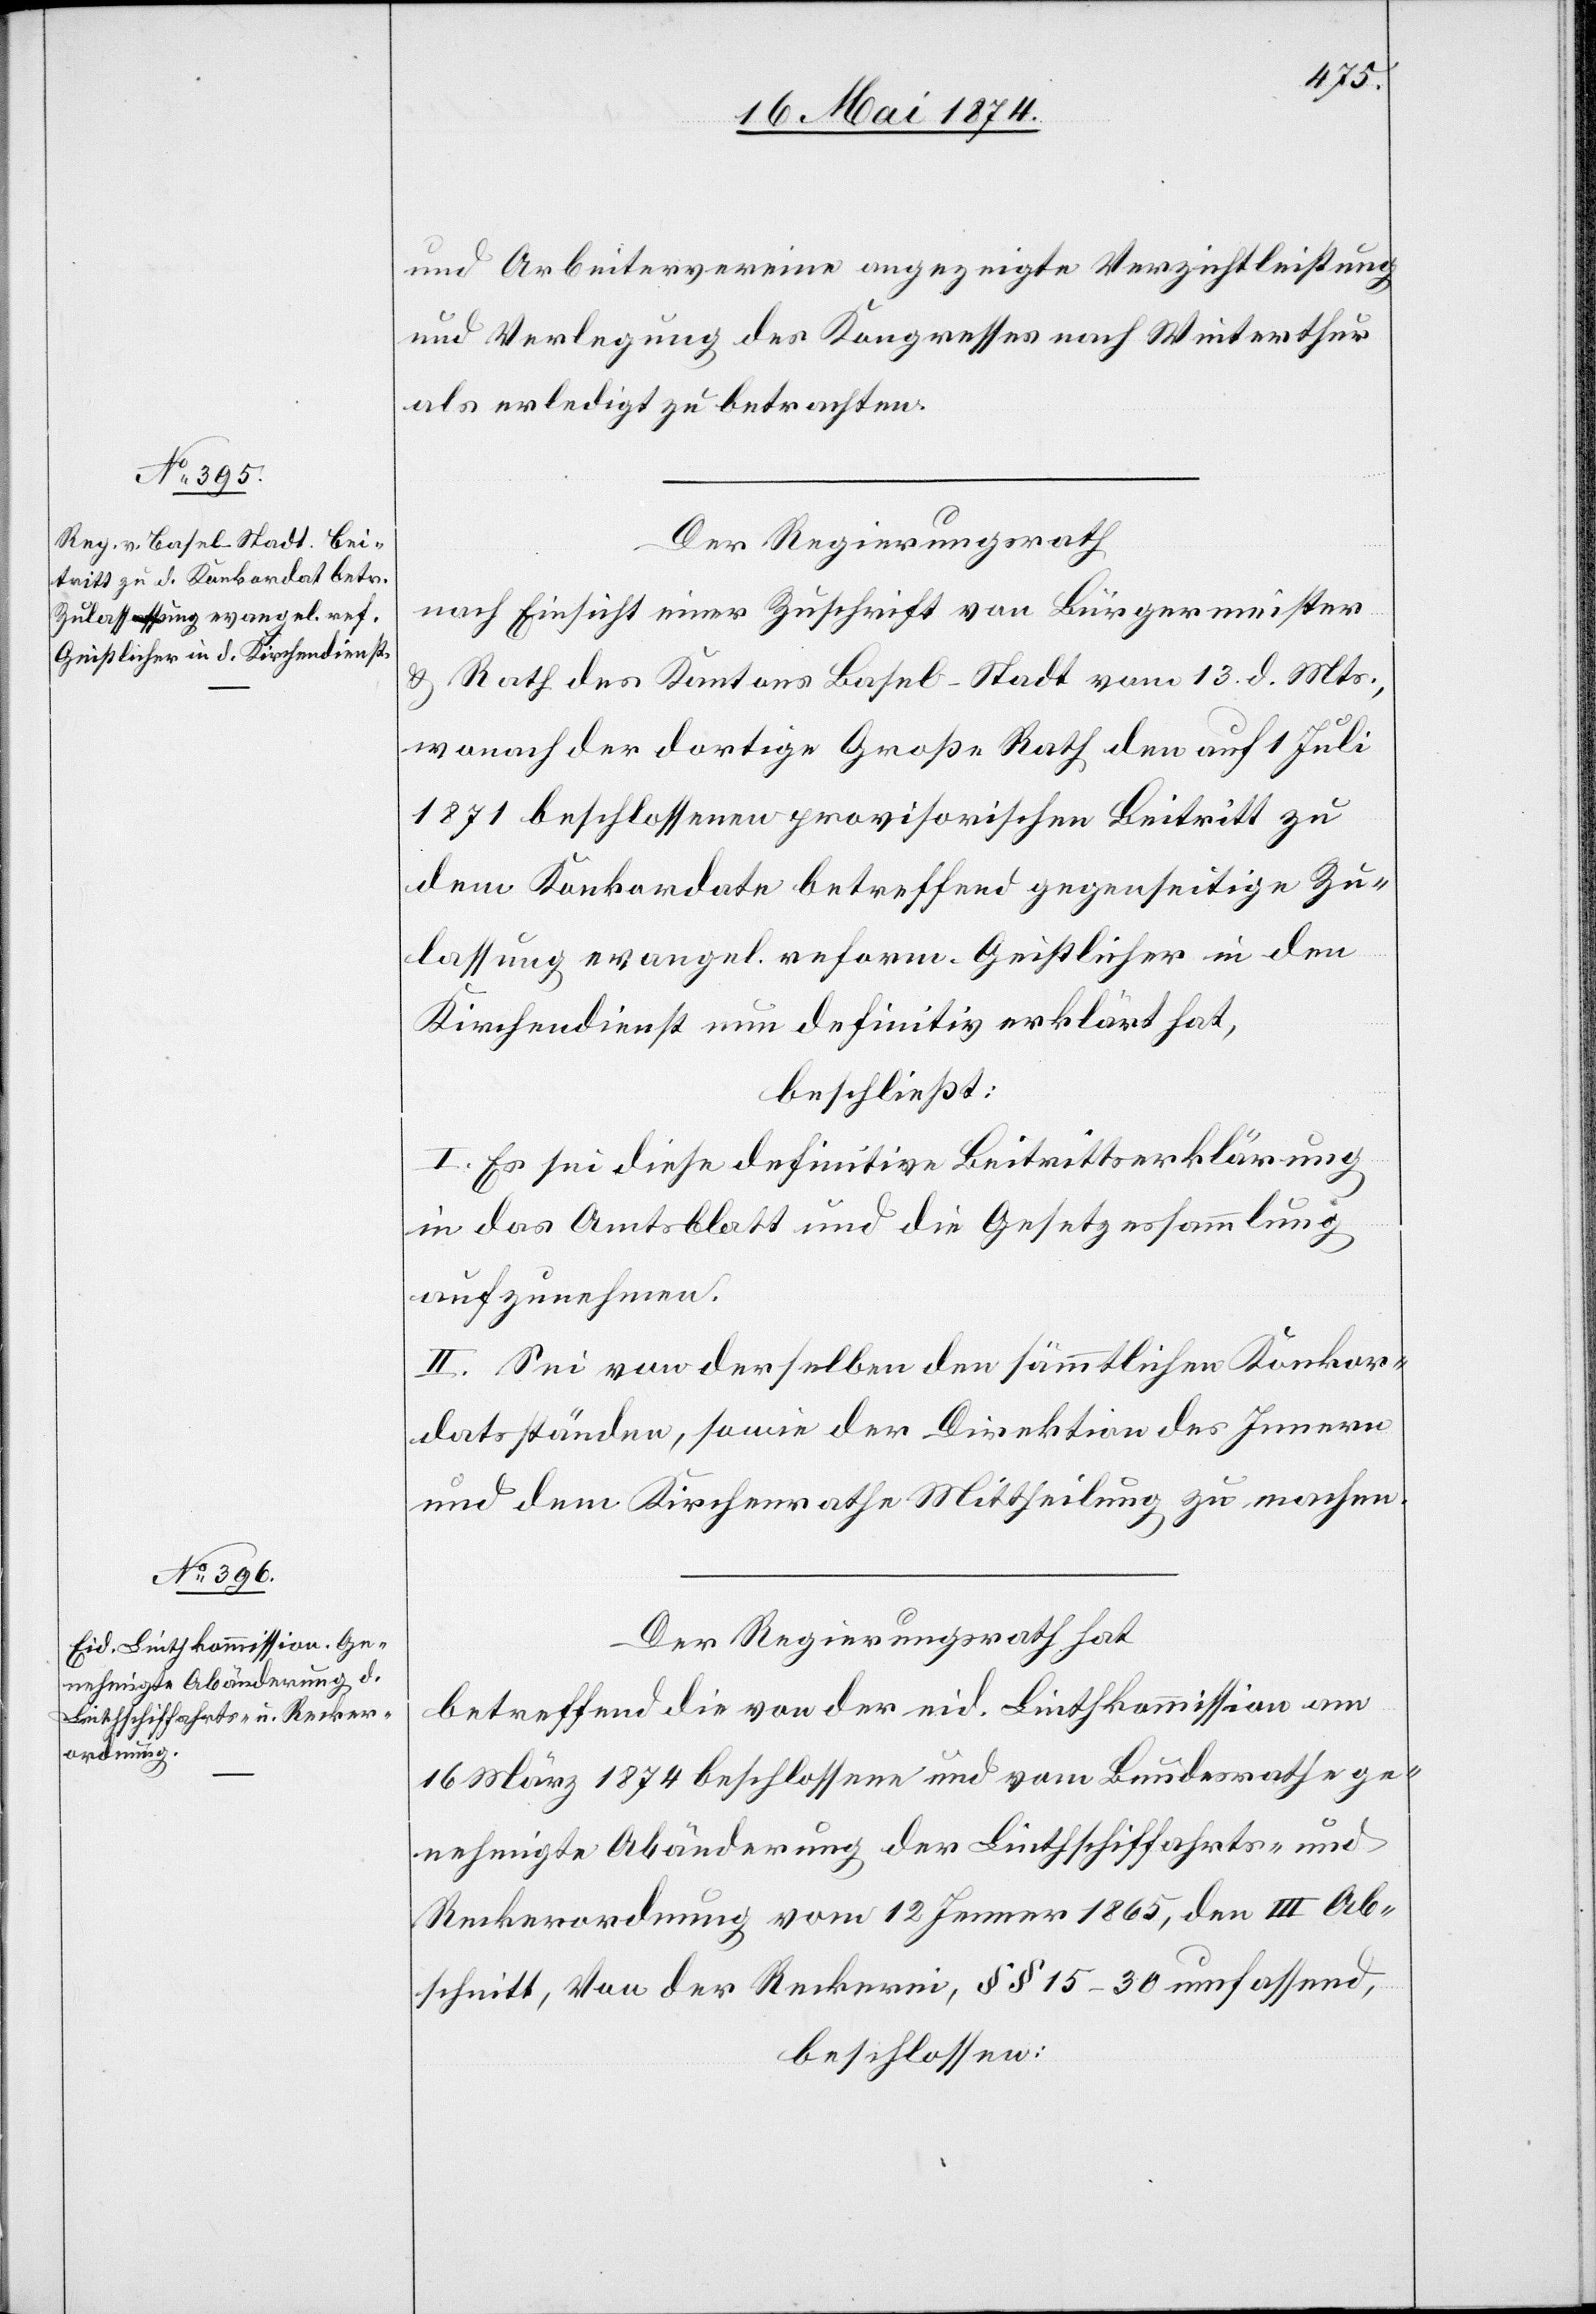
und Arbeitervereine angezeigte Verzichtleistung
und Verlegung des Kongresses nach Winterthur
als erledigt zu betrachten.
Der Regierungsrath
nach Einsicht einer Zuschrift von Bürgermeister
Rath des Kantons Basel-Stadt vom 13. d. Mts.,
u.
wonach der dortige Große Rath den auf 1. Juli
1871 beschlossenen provisorischen Beitritt zu
dem Konkordate betreffend gegenseitige Zu¬
lassung evangel. reform. Geistlicher in den
Kirchendienst nun definitiv erklärt hat,
beschließt:
I. Es sei diese definitive Beitrittserklärung
in das Amtsblatt und die Gesetzessammlung
aufzunehmen.
II. Sei von derselben den sämmtlichen Konkor¬
datsständen, sowie der Direktion des Innern
und dem Kirchenrathe Mittheilung zu machen.
Der Regierungsrath hat
betreffend die von der eid. Linthkommission am
16. März 1874 beschlossene und vom Bundesrathe ge¬
nehmigte Abänderung der Linthschiffahrts- und
Reckerordnung vom 12. Jenner 1865, den III Ab¬
schnitt, von der Reckerei, §§ 15–30 umfassend,
beschlossen: